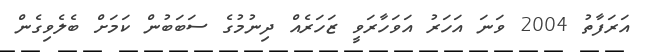
އަރަފާތު 2004 ވަނަ އަހަރު އަވަހާރަވީ ޒަހަރެއް ދިނުމުގެ ސަބަބުން ކަމަށް ބެލެވިގެން